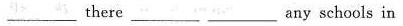
___there___any schools in